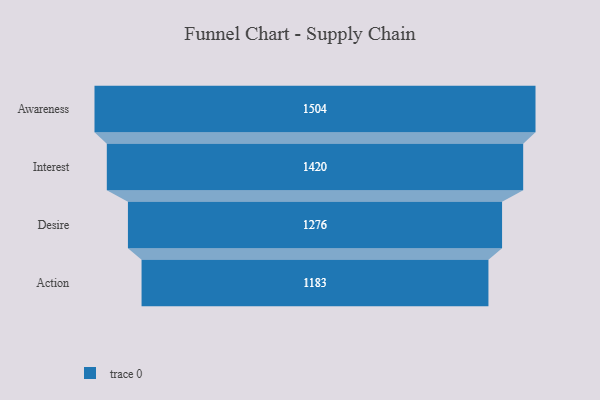
{"axis": {"x": "Stage", "y": "Value"}, "legend": [""], "data": [{"x": "Awareness", "y": 1504.0, "type": ""}, {"x": "Interest", "y": 1420.0, "type": ""}, {"x": "Desire", "y": 1276.0, "type": ""}, {"x": "Action", "y": 1183.0, "type": ""}]}